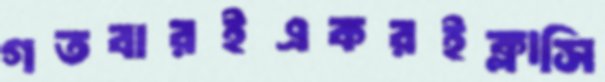
গতবারইএকরইক্লাসি